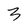
Character: 3